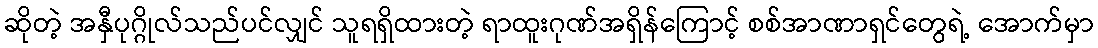
ဆိုတဲ့ အနှီပုဂ္ဂိုလ်သည်ပင်လျှင် သူရရှိထားတဲ့ ရာထူးဂုဏ်အရှိန်ကြောင့် စစ်အာဏာရှင်တွေရဲ့ အောက်မှာ